Annual report on the working of the lock hospitals in the Central Provinces
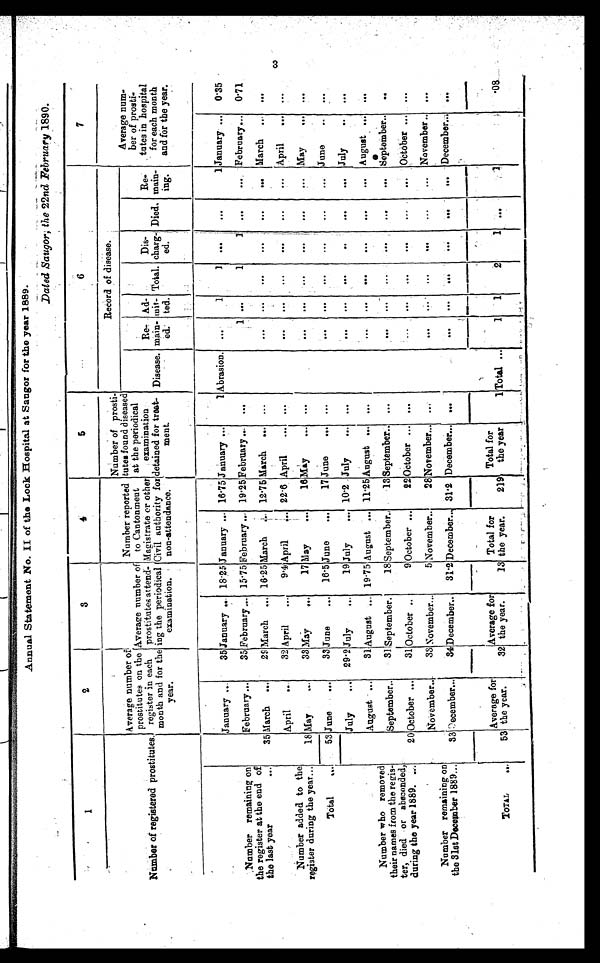
Annual Statement No. II of the Lock Hospital at Saugor for the year 1889.
Dated Saugor the 22nd February 1890.
1
2
3
4
5
6
7
Number of registered prostitutes.
Average number of
prostitutes on the
register in each
month and for the
year.
Average number of
prostitutes attend-
ing the periodical
examination.
Number reported
to Cantonment
Magistrate or other
Civil authority for
non-attendance .
Number of prosti-
tutes found diseased
at the periodical
examination
detained for treat-
ment.
Record of disease.
Average num-
ber of prosti-
tutes in hospital
for each month
and for the year.
Disease.
Re-
main-
ed.
Ad-
mit-
ted.
Total.
Dis-
charg-
ed.
Died.
Re-
main-
ing.
January ...
35 January .. 18·25 January ... 16·75 January ...
1 Abrasion. ...
1
1
...
...
1 January ...
0·35
Number remaining on
the register at the end of
the last year
. . .
February ...
35 February ... 15·75 February ... 19·25 February ...
...
1
. . .
1
1
. . .
... February...
0·71
35 March
...
29 March ... 16 . 25 March ...
12·75 March ... ...
. . .
. . .
. . . ...
...
... March ... ...
Number added to the
register during the year...
April
..
32 April
...
9 · 4 April... 22·6 April
... ...
. . .
. . .
. . .
. . .
...
...
April
... ...
18 May
...
33 May
. . .
17 May
...
16 May ...
. . .
. . .
. . .
. . .
. . .
...
. . . May
...
. . .
Total
...
53 June ...
33 June
...
16.5 June
...
17 June
...
. . .
. . .
. . .
. . .
. . .
. . .
... June ..
...
July
... 29·2 July
...
19 July
... 10·2 July
.. •
. . .
. . .
. . .
. . .
..
. . .
. . . July
..
. . .
August ...
31 August ... 19 . 75 August ... 11·25 August ...
...
. . .
...
. . .
. . .
. . .
. . . August ...
. . .
Number who remove
their names from the re
g i s -
t e r , d i e d o r a b s c o n d e d ,
during the year 1889. ...
September..
31 September.
18 September.
13 September..
...
. . .
. . .
. . .
. . .
...
...
September..
..
20 October ...
31 October ..
9 October ...
22 October ...
...
. . .
. . .
. . .
. . .
...
...
October ...
...
November..
33 November...
5 November..
2 8 November...
. . .
. . .
. . .
. . .
. . .
. . .
...
November .. ...
Number remaining on
the 31st December 1889...
33 December...
34 December..
31·2 December. .. 31·2 December...
...
. . .
. . .
...
. . .
. . .
. . . December ... ...
TOTAL
...
53
Average for
the year.
32
Average for
the year.
13
Total for
the year.
219
Total for
the year
1 Total
. . .
1 1
2
1
...
1
·08
3